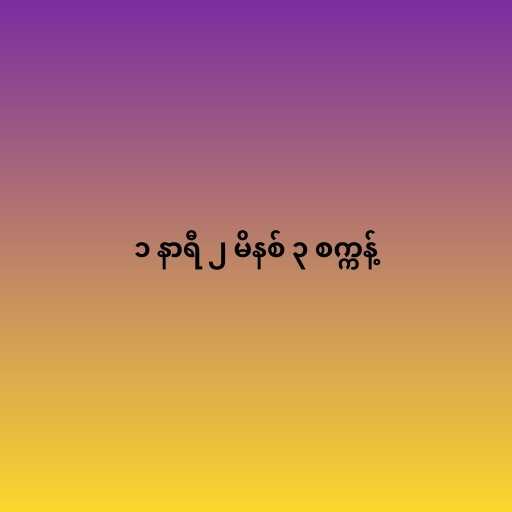
၁ နာရီ ၂ မိနစ် ၃ စက္ကန့်